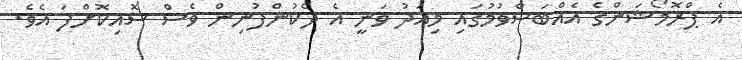
އެ ޕްރޮމޯޝަންގެ އެއްބަސްވުމުގައި މިއަދު ވަނީ އެ ދެކުންފުނިން ވެސް ސޮއިކޮށްފަ އެވެ.